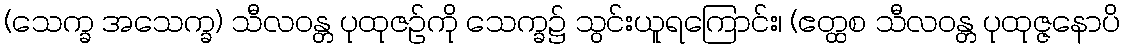
(သေက္ခ အသေက္ခ) သီလဝန္တ ပုထုဇဉ်ကို သေက္ခ၌ သွင်းယူရကြောင်း၊ (ဧတ္ထစ သီလဝန္တ ပုထုဇ္ဇနောပိ